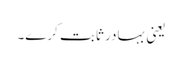
یعنی بہادر ثابت کرے۔